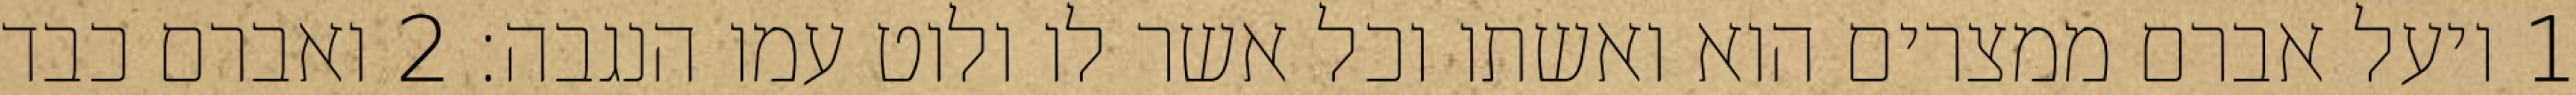
1 ויעל אברם ממצרים הוא ואשתו וכל אשר לו ולוט עמו הנגבה׃ ‎2‏ ואברם כבד